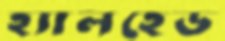
হ্যালহেড